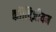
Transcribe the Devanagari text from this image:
कॉलिज़ीयम